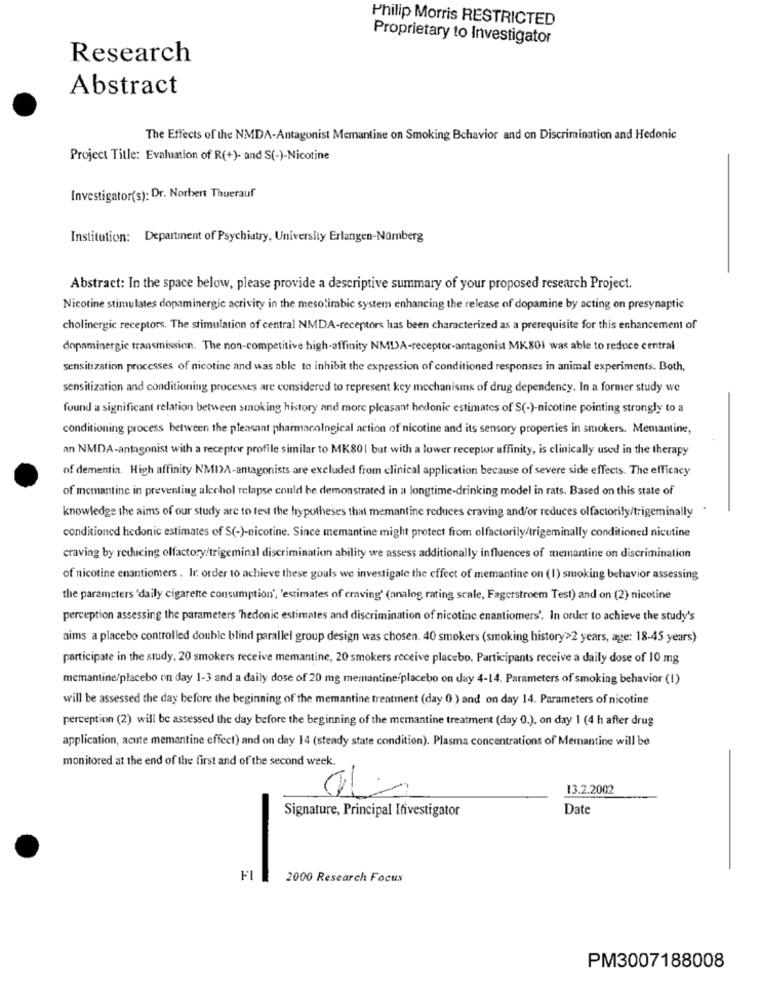
Philip Morris RESTRICTED
Proprietary to Investigator
Research
Abstract
The Effects of the NMDA-Antagonist Memantine on Smoking Behavior and on Discrimination and Hedonic
Project Title: Evaluation of R(+)- and S(-)-Nicotine
Investigator(s): Dr. Norbert Thuerauf
Institution: Department of Psychiatry, University Erlangen-Nürnberg
Abstract: In the space below, please provide a descriptive summary of your proposed research Project.
Nicotine stimulates dopaminergic activity in the mesolimbic system enhancing the release of dopamine by acting on presynaptic
cholinergic receptors. The stimulation of central NMDA-receptors has been characterized as a prerequisite for this enhancement of
dopaminergic transmission. The non-competitive high-affinity NMDA-receptor-antagonist MK801 was able to reduce central
sensitization processes of nicotine and was able to inhibit the expression of conditioned responses in animal experiments. Both,
sensitization and conditioning processes are considered to represent key mechanisms of drug dependency. In a former study we
found a significant relation between smoking history and more pleasant hedonic estimates of S(-)-nicotine pointing strongly to a
conditioning process between the pleasant pharmacological action of nicotine and its sensory properties in smokers. Memantine,
an NMDA-antagonist with a receptor profile similar to MK801 but with a lower receptor affinity, is clinically used in the therapy
of dementia. High affinity NMIA-antagonists are excluded from clinical application because of severe side effects. The efficacy
of memantine in preventing alcohol relapse could be demonstrated in a longtime-drinking model in rats. Based on this state of
knowledge the aims of our study arc to test the hypotheses that memantine reduces craving and/or reduces olfactorily/trigeminally
conditioned hedonic estimates of S(-)-nicotine. Since memantine might protect from olfactorily/trigeminally conditioned nicotine
craving by reducing olfactory/trigeminal discrimination ability we assess additionally influences of memantine on discrimination
of nicotine enantiomers . In order to achieve these gouls we investigate the effect of memantine on (1) smoking behavior assessing
the parameters 'daily cigarette consumption', 'estimates of craving' (analog rating scale, Fagerstroem Test) and on (2) nicotine
perception assessing the parameters "hedonic estimates and discrimination of nicotine enantiomers'. In order to achieve the study's
aims a placebo controlled double blind parallel group design was chosen. 40 smokers (smoking history>2 years, age: 18-45 years)
participate in the study, 20 smokers receive memantine, 20 smokers receive placebo. Participants receive a daily dose of 10 mg
memantine/placebo on day 1-3 and a daily dose of 20 mg memantine placebo on day 4-14. Parameters of smoking behavior (I)
will be assessed the day before the beginning of the memantine treatment (day 0 ) and on day 14. Parameters of nicotine
perception (2) will be assessed the day before the beginning of the memantine treatment (day 0.), on day 1 (4 h after drug
application, acute memantine effect) and on day 14 (steady state condition). Plasma concentrations of Memantine will be
monitored at the end of the first and of the second week.
13.2.2002
Date
Signature, Principal Investigator
-
FI
-
2000 Research Focus
PM3007188008